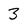
Character: 3